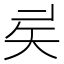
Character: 𥎨